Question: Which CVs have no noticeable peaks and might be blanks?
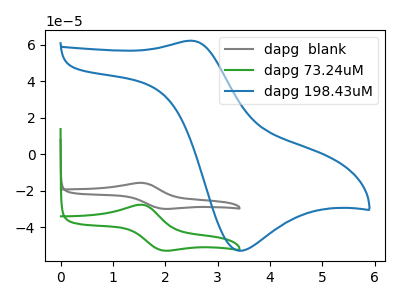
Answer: <think>The gray curve "dapg  blank" has an anodic peak at (1.55V, -15.65uA) and a cathodic peak at (1.95V, -29.85uA). The green curve "dapg 73.24uM" has an anodic peak at (1.55V, -27.65uA) and a cathodic peak at (1.95V, -52.75uA). The blue curve "dapg 198.43uM" has an anodic peak at (2.50V, 62.35uA) and a cathodic peak at (3.40V, -52.85uA).</think>
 <answer>There are not any CV's on this graph that are likely to be blanks.</answer>
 <eval>none</eval>